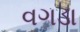
વગડા